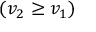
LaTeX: ( v _ { 2 } \geq v _ { 1 } )